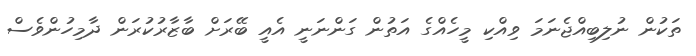
ތަކުން ނުލިބިއްޖެނަމަ ވިއްކި މީހެއްގެ އަތުން ގަންނަނީ އެއީ ބޭރަށް ބާޒާރުކުރަން ދާމިހުންވެސް